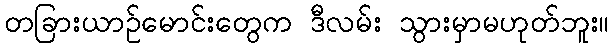
တခြားယာဉ်မောင်းတွေက ဒီလမ်း သွားမှာမဟုတ်ဘူး။